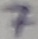
Text: 7